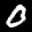
Label: 0